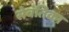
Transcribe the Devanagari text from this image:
सेवंतिका